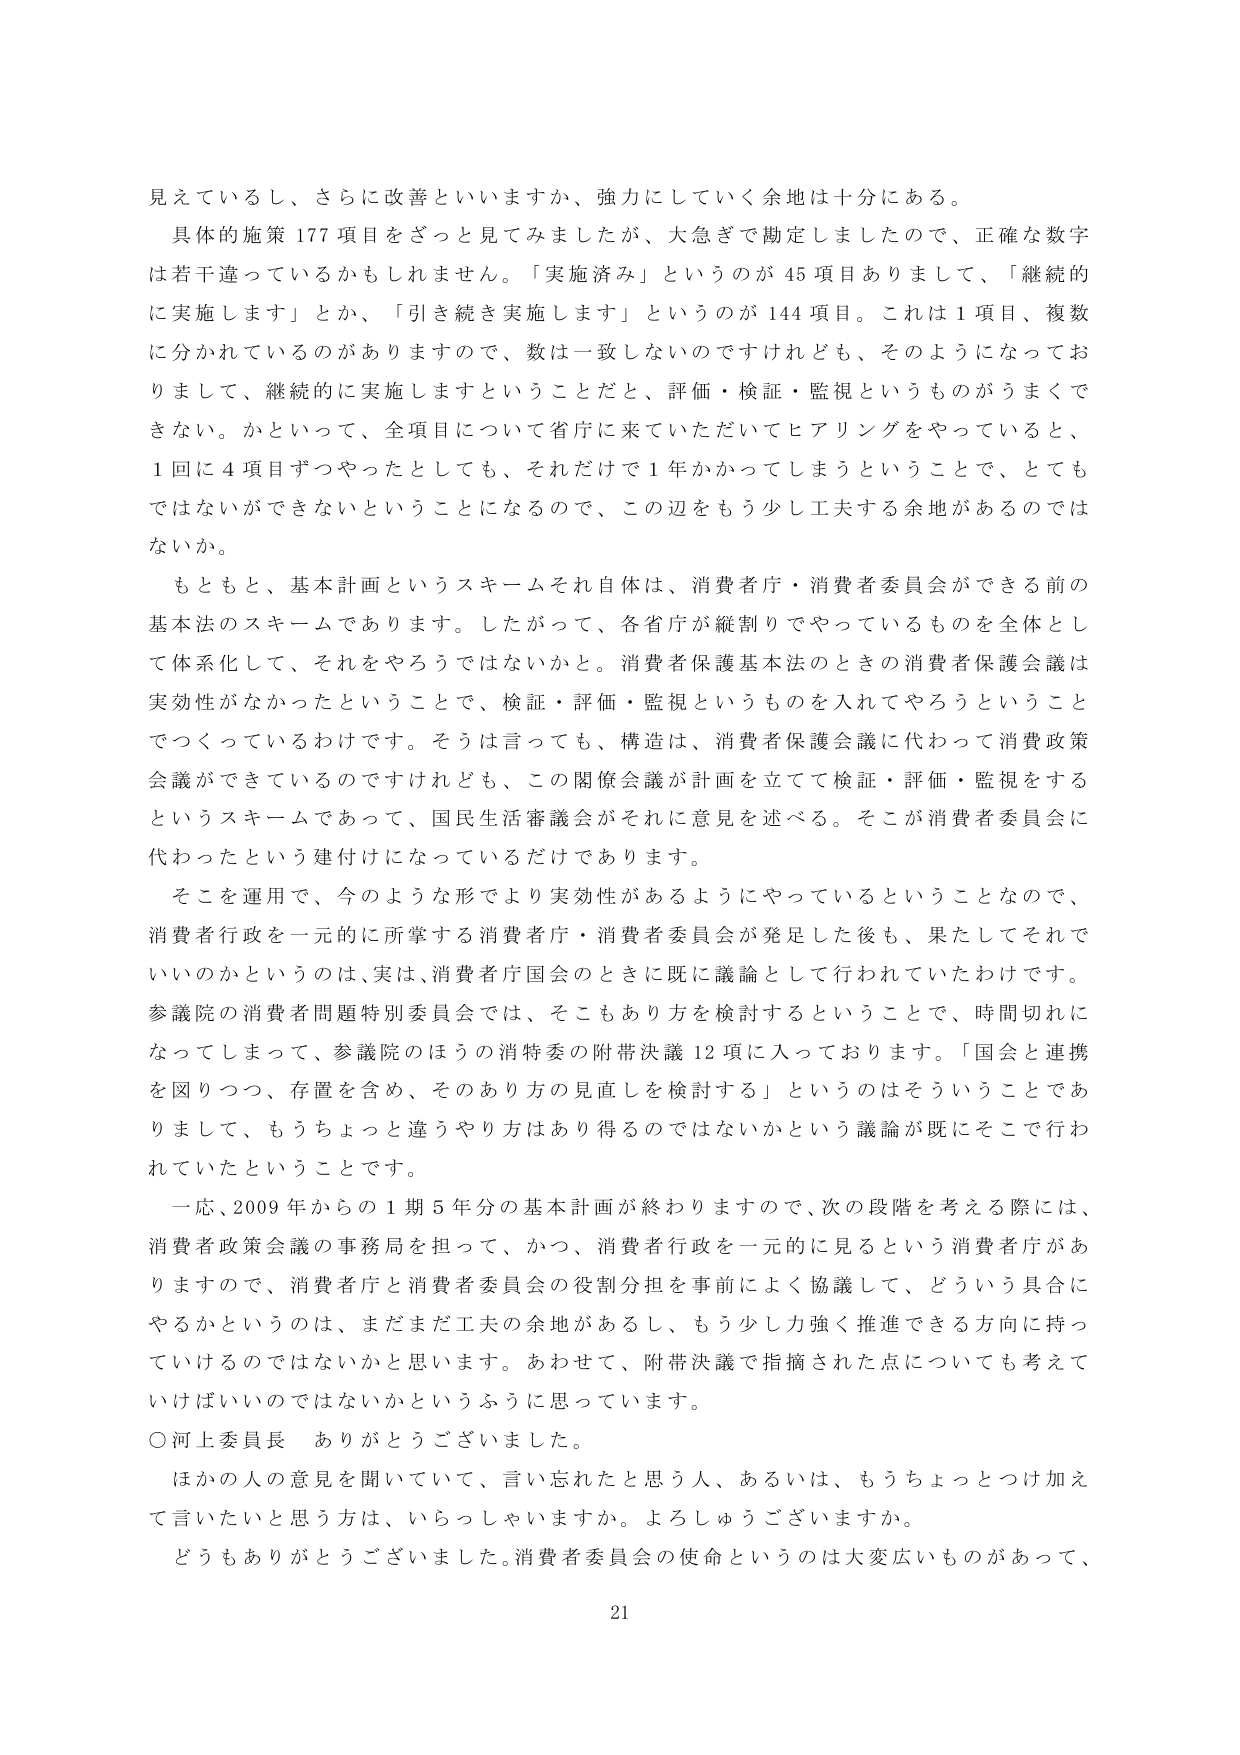
見ているし、さらに改善といいますか、強力にしていく余地は十分にある。

具体的施策177項目をざっと見てみましたが、大急ぎで勘定しましたので、正確な数字は若干違っているかもしれません。「実施済み」というのが45項目ありまして、「継続的に実施します」とか、「引き続き実施します」というのが144項目。これは1項目、複数に分かれているのがありますので、数は一致しないのですけれども、そのようになっておりまして、継続的に実施しますということだと、評価・検証・監視というものがうまくできない。かといって、全項目について省庁に来ていただいてヒアリングをやっていると、1回に4項目ずつやったとしても、それだけで1年かかってしまうということで、とてもではないができないということになるので、この辺をもう少し工夫する余地があるのではないか。

もともと、基本計画というスキームそれ自体は、消費者庁・消費者委員会ができる前の基本法のスキームであります。したがって、各省庁が縦割りでやっているものを全体として体系化して、それをやろうではないかと。消費者保護基本法のときの消費者保護会議は実効性がなかったということで、検証・評価・監視というものを入れてやろうということでつくっているわけです。そうは言っても、構造は、消費者保護会議に代わって消費政策会議ができているのですけれども、この関係会議が計画を立てて検証・評価・監視をするというスキームであって、国民生活審議会がそれに意見を述べる。そこが消費者委員会に代わったという建付けになっているだけあります。

そこを運用で、今のような形でより実効性があるようにやっているということなので、消費者行政を一元的に所掌する消費者庁・消費者委員会が発足した後も、果たしてそれでいいのかというのは、実は、消費者庁国会のときに既に議論として行われていたわけです。参議院の消費者問題特別委員会では、そこもあり方を検討するということで、時間切れになってしまって、参議院のほうの消特委の附帯決議12項に入っております。「国会と連携を図りつつ、存置を含め、そのあり方の見直しを検討する」というのはそういうことであらまして、もうちょっと違うやり方はあり得るのではないかという議論が既にそこで行われていたということです。

一応、2009年からの1期5年分の基本計画が終わりますので、次の段階を考える際には、消費者政策会議の事務局を担って、かつ、消費者行政を一元的に見るという消費者庁がありますので、消費者庁と消費者委員会の役割分担を事前によく協議して、どういう具合にやるかというのは、まだまだ工夫の余地があるし、もう少し力強く推進できる方向に持っていけるのではないかと思います。あわせて、附帯決議で指摘された点についても考えていけばいいのではないかというふうに思っています。

○河上委員長　ありがとうございました。

ほかの人の意見を聞いていて、言い忘れたと思う人、あるいは、もうちょっとつけ加えて言いたいと思う方は、いらっしゃいますか。よろしうございますか。

どうもありがとうございました。消費者委員会の使命というのは大変広いものがあって、
21